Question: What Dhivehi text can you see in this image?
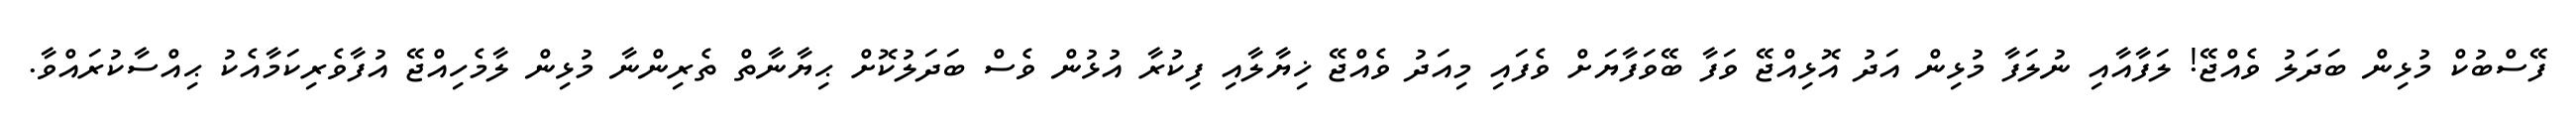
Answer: ފޭސްބުކް މުޅިން ބަދަލު ވެއްޖޭ! ލަފާއާއި ނުލަފާ މުޅިން އަދު އޮޅިއްޖޭ ވަފާ ބޭވަފާޔަށް ވެފައި މިއަދު ވެއްޖޭ ޚިޔާލާއި ފިކުރާ އުޅުން ވެސް ބަދަލުކޮށް ޙިޔާނާތް ތެރިންނާ މުޅިން ލާމެހިއްޖޭ އުފާވެރިކަމާއެކު ޙިއްސާކުރައްވާ.